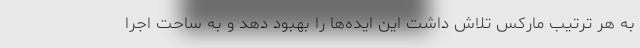
به هر ترتیب مارکس تلاش داشت این ایده‌ها را بهبود دهد و به ساحت اجرا